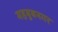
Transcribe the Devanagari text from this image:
महबुबनगर